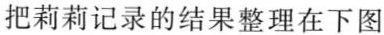
把莉莉记录的结果整理在下图